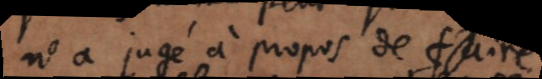
n’a jugé à propos de faire